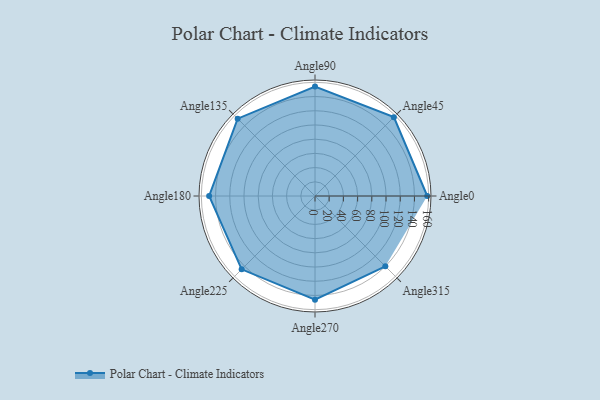
{"axis": {"x": "Angle", "y": "Radius"}, "legend": [""], "data": [{"x": "Angle0", "y": 158.0, "type": ""}, {"x": "Angle45", "y": 157.0, "type": ""}, {"x": "Angle90", "y": 154.0, "type": ""}, {"x": "Angle135", "y": 154.0, "type": ""}, {"x": "Angle180", "y": 149.0, "type": ""}, {"x": "Angle225", "y": 146.0, "type": ""}, {"x": "Angle270", "y": 146.0, "type": ""}, {"x": "Angle315", "y": 140.0, "type": ""}]}